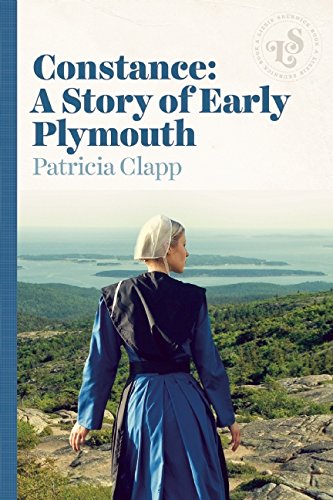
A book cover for Constance: A Story of Early Plymouth; Patricia Clapp; Teen & Young Adult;